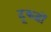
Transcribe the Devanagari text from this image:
टूकड़ों